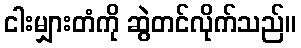
ငါးမျှားတံကို ဆွဲတင်လိုက်သည်။